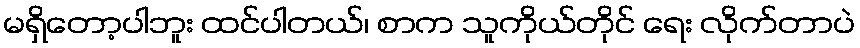
မရှိတော့ပါဘူး ထင်ပါတယ်၊ စာက သူကိုယ်တိုင် ရေး လိုက်တာပဲ